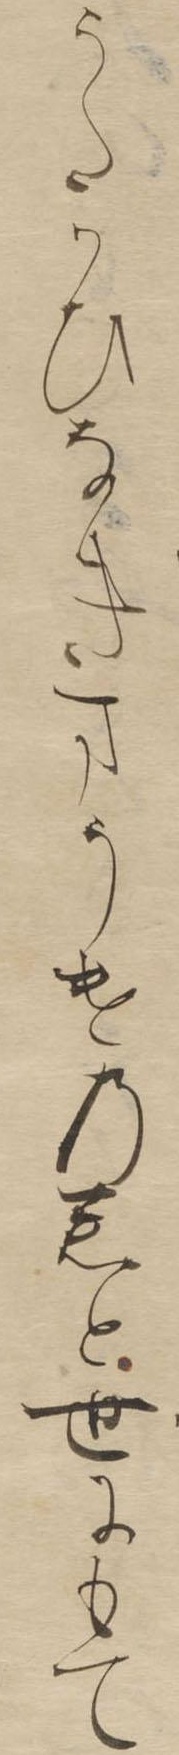
うたかひなきまうけの君と世にもて